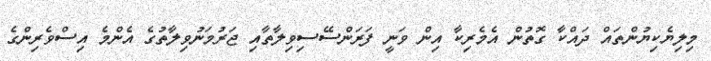
މިލިޔެކިޔުންތައް ދައްކާ ގޮތުން އެމެރިކާ އިން ވަނީ ފަރަންސޭސިވިލާތާއި ޖަރުމަނުވިލާތުގެ އެންމެ އިސްވެރިންގެ